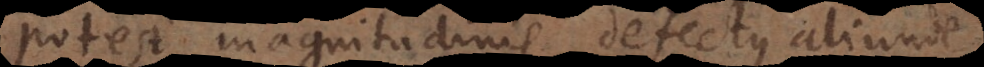
potest magnitudinis defectus aliunde